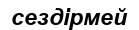
сездірмей